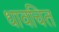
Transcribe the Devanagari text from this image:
धावचित